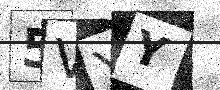
Text: 5VYY